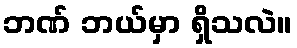
ဘဏ် ဘယ်မှာ ရှိသလဲ။